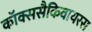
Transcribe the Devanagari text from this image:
कॉक्ससैकिवायरस